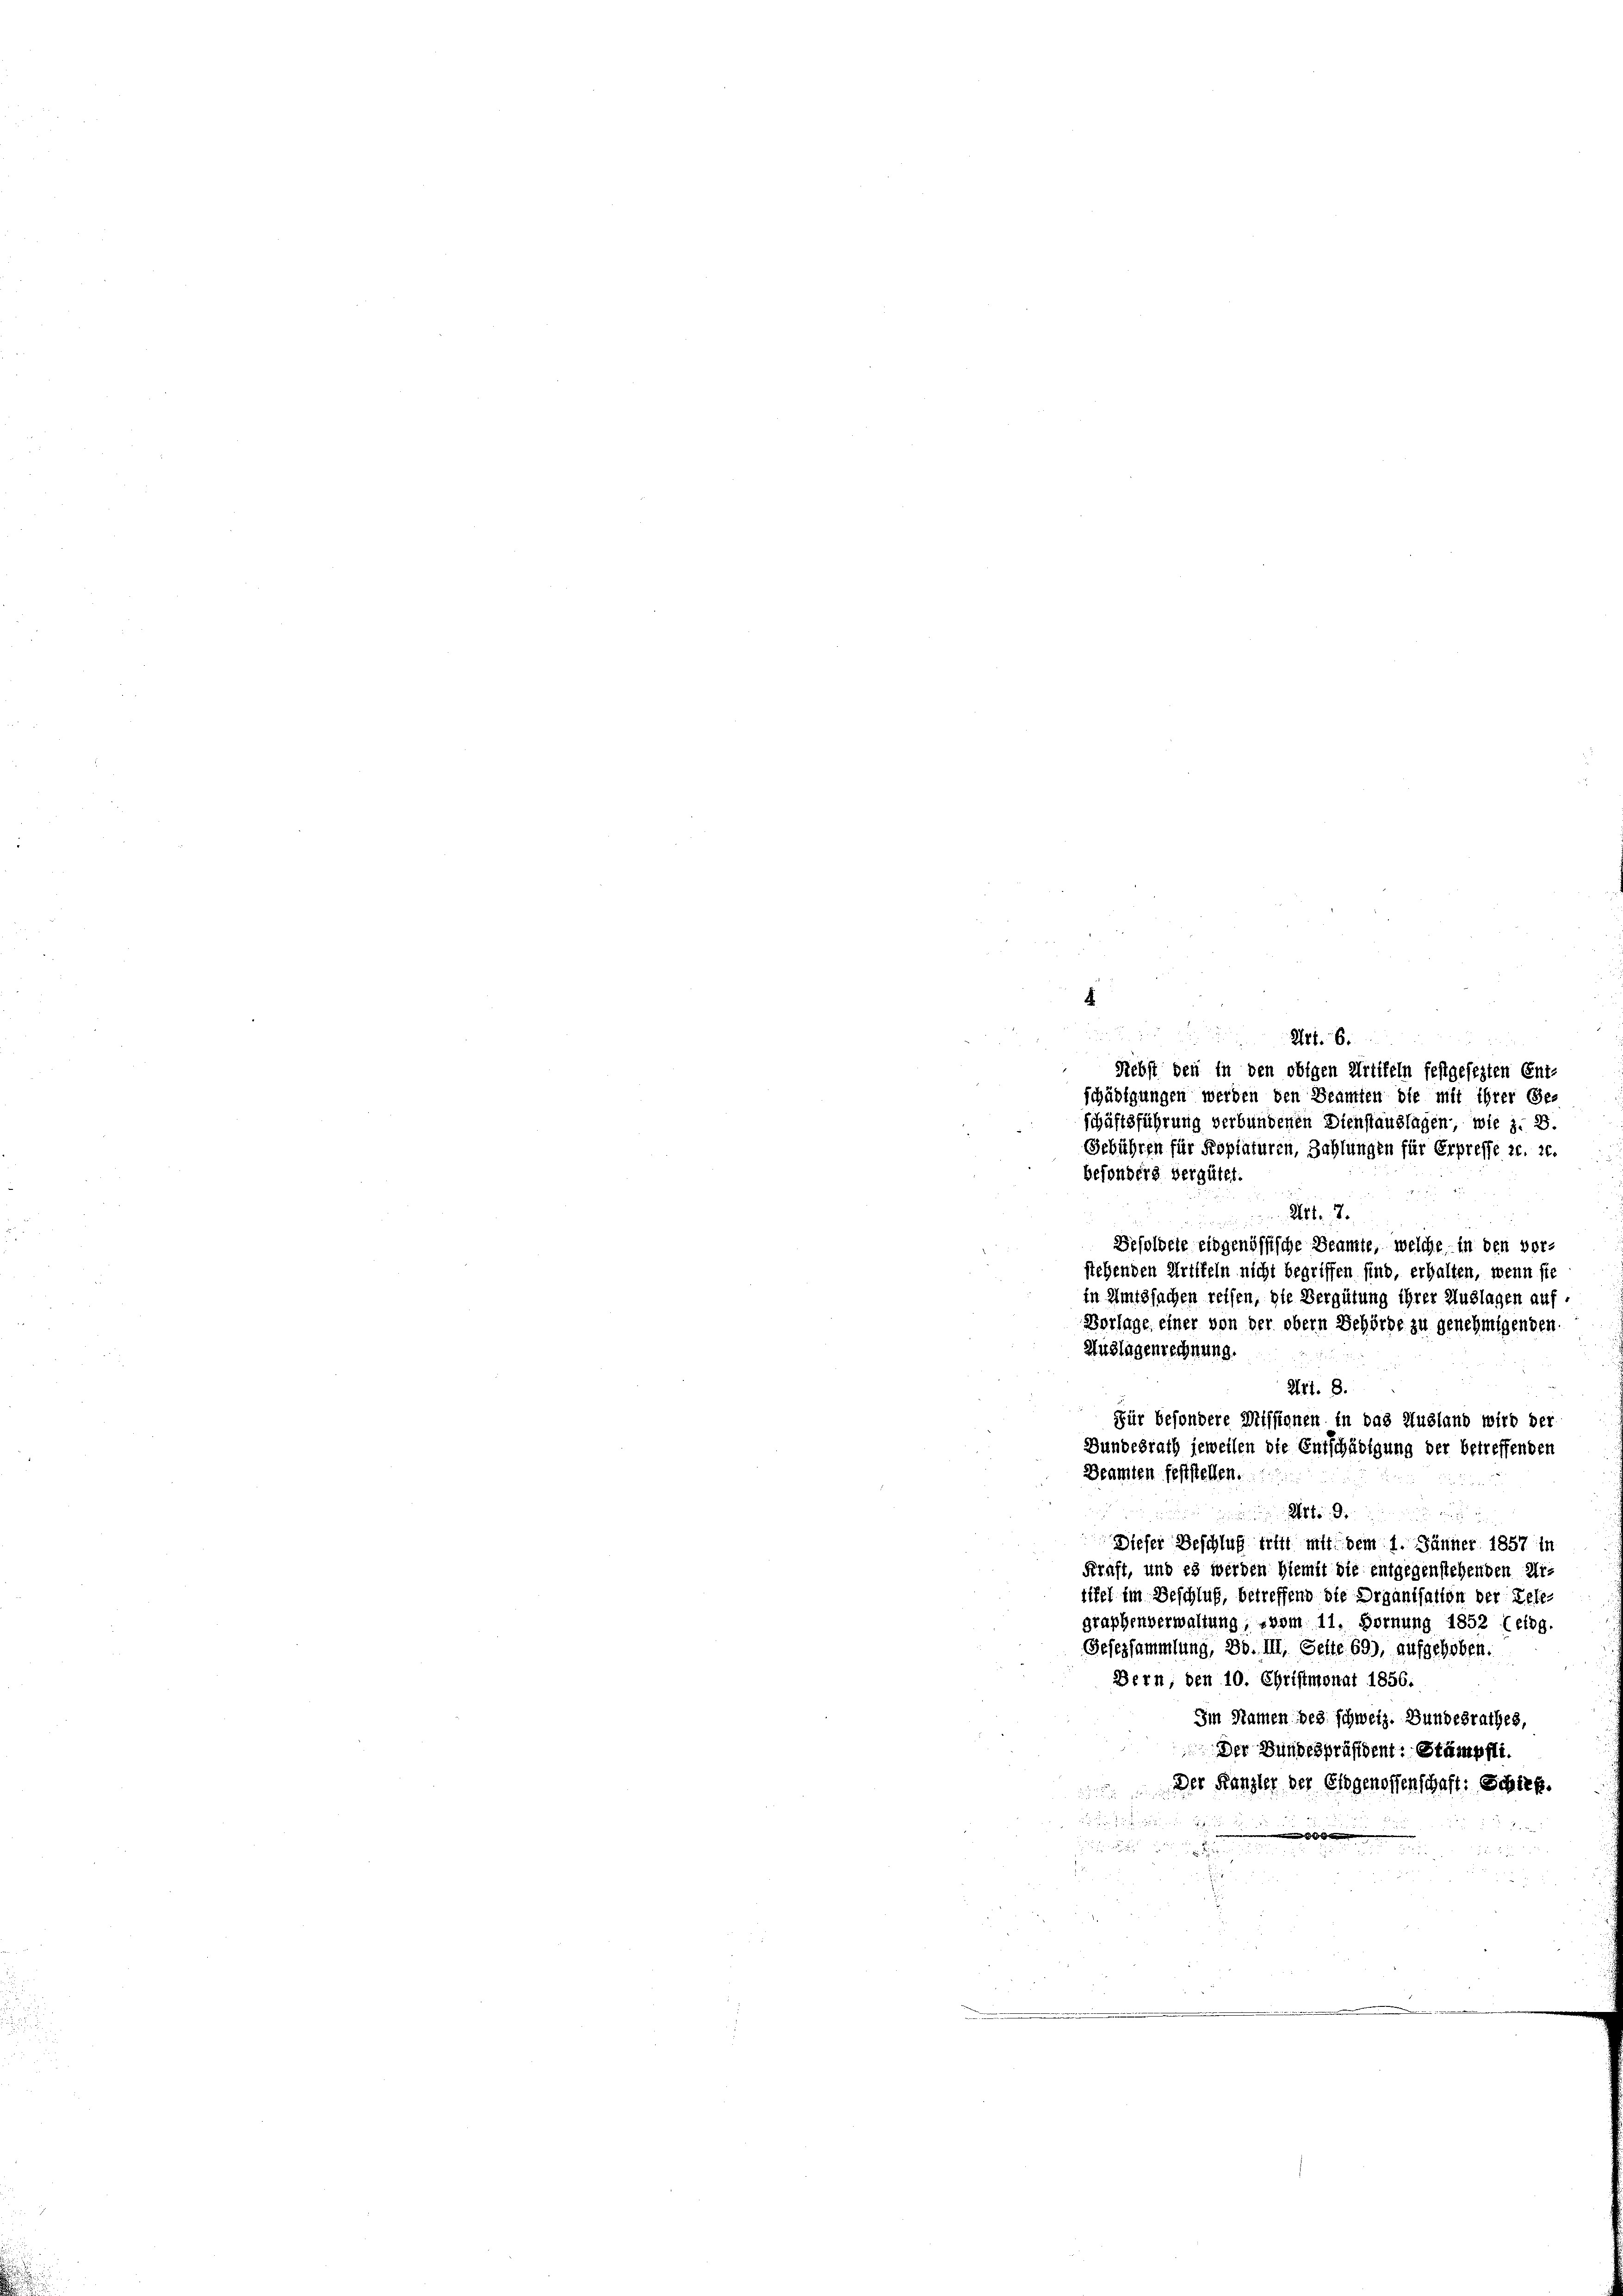
.
s
Art. 6.

Rebst den in den obigen Artikeln festgesezten Ent-
schädigungen werden den Beamten die mit ihrer Geschäftsführung verbundenen Dienstandlagen, wie z. B.
Gebühren für Kopiaturen, Zahlungen für Erpresse 20. 20.
besonders vergütet.
Art. 7.

Dieser Beschluß trift mit dem 1. Jänner 1857 in
Kraft, und es werden hiemit die entgegenstehenden Ur-
tifel im Beschluß, betreffend die Organisation der Tele-
graphenverwaltung, vom 11. Hornung 1852 (eidg.
Gefezsammlung, Bd. III. Seite 69), aufgehoben.
Bern, den 10. Christmonat 1856.
Im Namen bes. schweiz. Bundesrathes,
Der Bundespräsident: Stämpfli¬
Der Kanzler der Eidgenossenschaft: Schiff.

.

22

Besoldele eidgenössische Beamte, welche in den vor-
stehenden Griffeln nicht begriffen sind, erhalten, wenn sie
in Amtssachen reifen, die Vergütung ihrer Auslagen auf
Verlage einer von der obern Behörde zu genehmigenden.
Auslagenrechnung.
Art. 8.
Für besondere Missionen in das Ausland wird der
Bundesrath jeweilen die Entschädigung der betreffenden
Beamten feststellen.
minen einer der einen ein